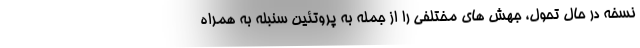
نسخه در حال تحول، جهش های مختلفی را از جمله به پروتئین سنبله به همراه